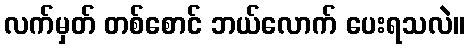
လက်မှတ် တစ်စောင် ဘယ်လောက် ပေးရသလဲ။